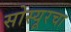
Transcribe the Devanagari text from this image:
सोस्यूरचा